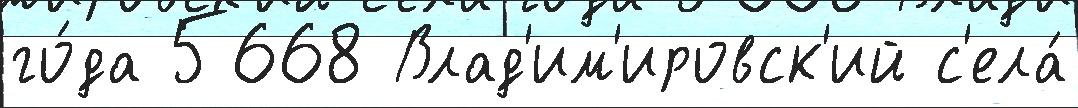
го́да 5668 Влад'им'ировск'ий с'ела́